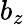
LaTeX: b_{z}